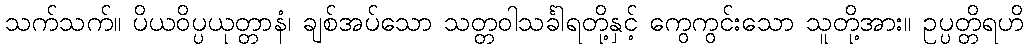
သက်သက်။ ပိယဝိပ္ပယုတ္တာနံ၊ ချစ်အပ်သော သတ္တဝါသင်္ခါရတို့နှင့် ကွေကွင်းသော သူတို့အား။ ဥပ္ပတ္တိရဟိ